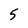
Character: 5